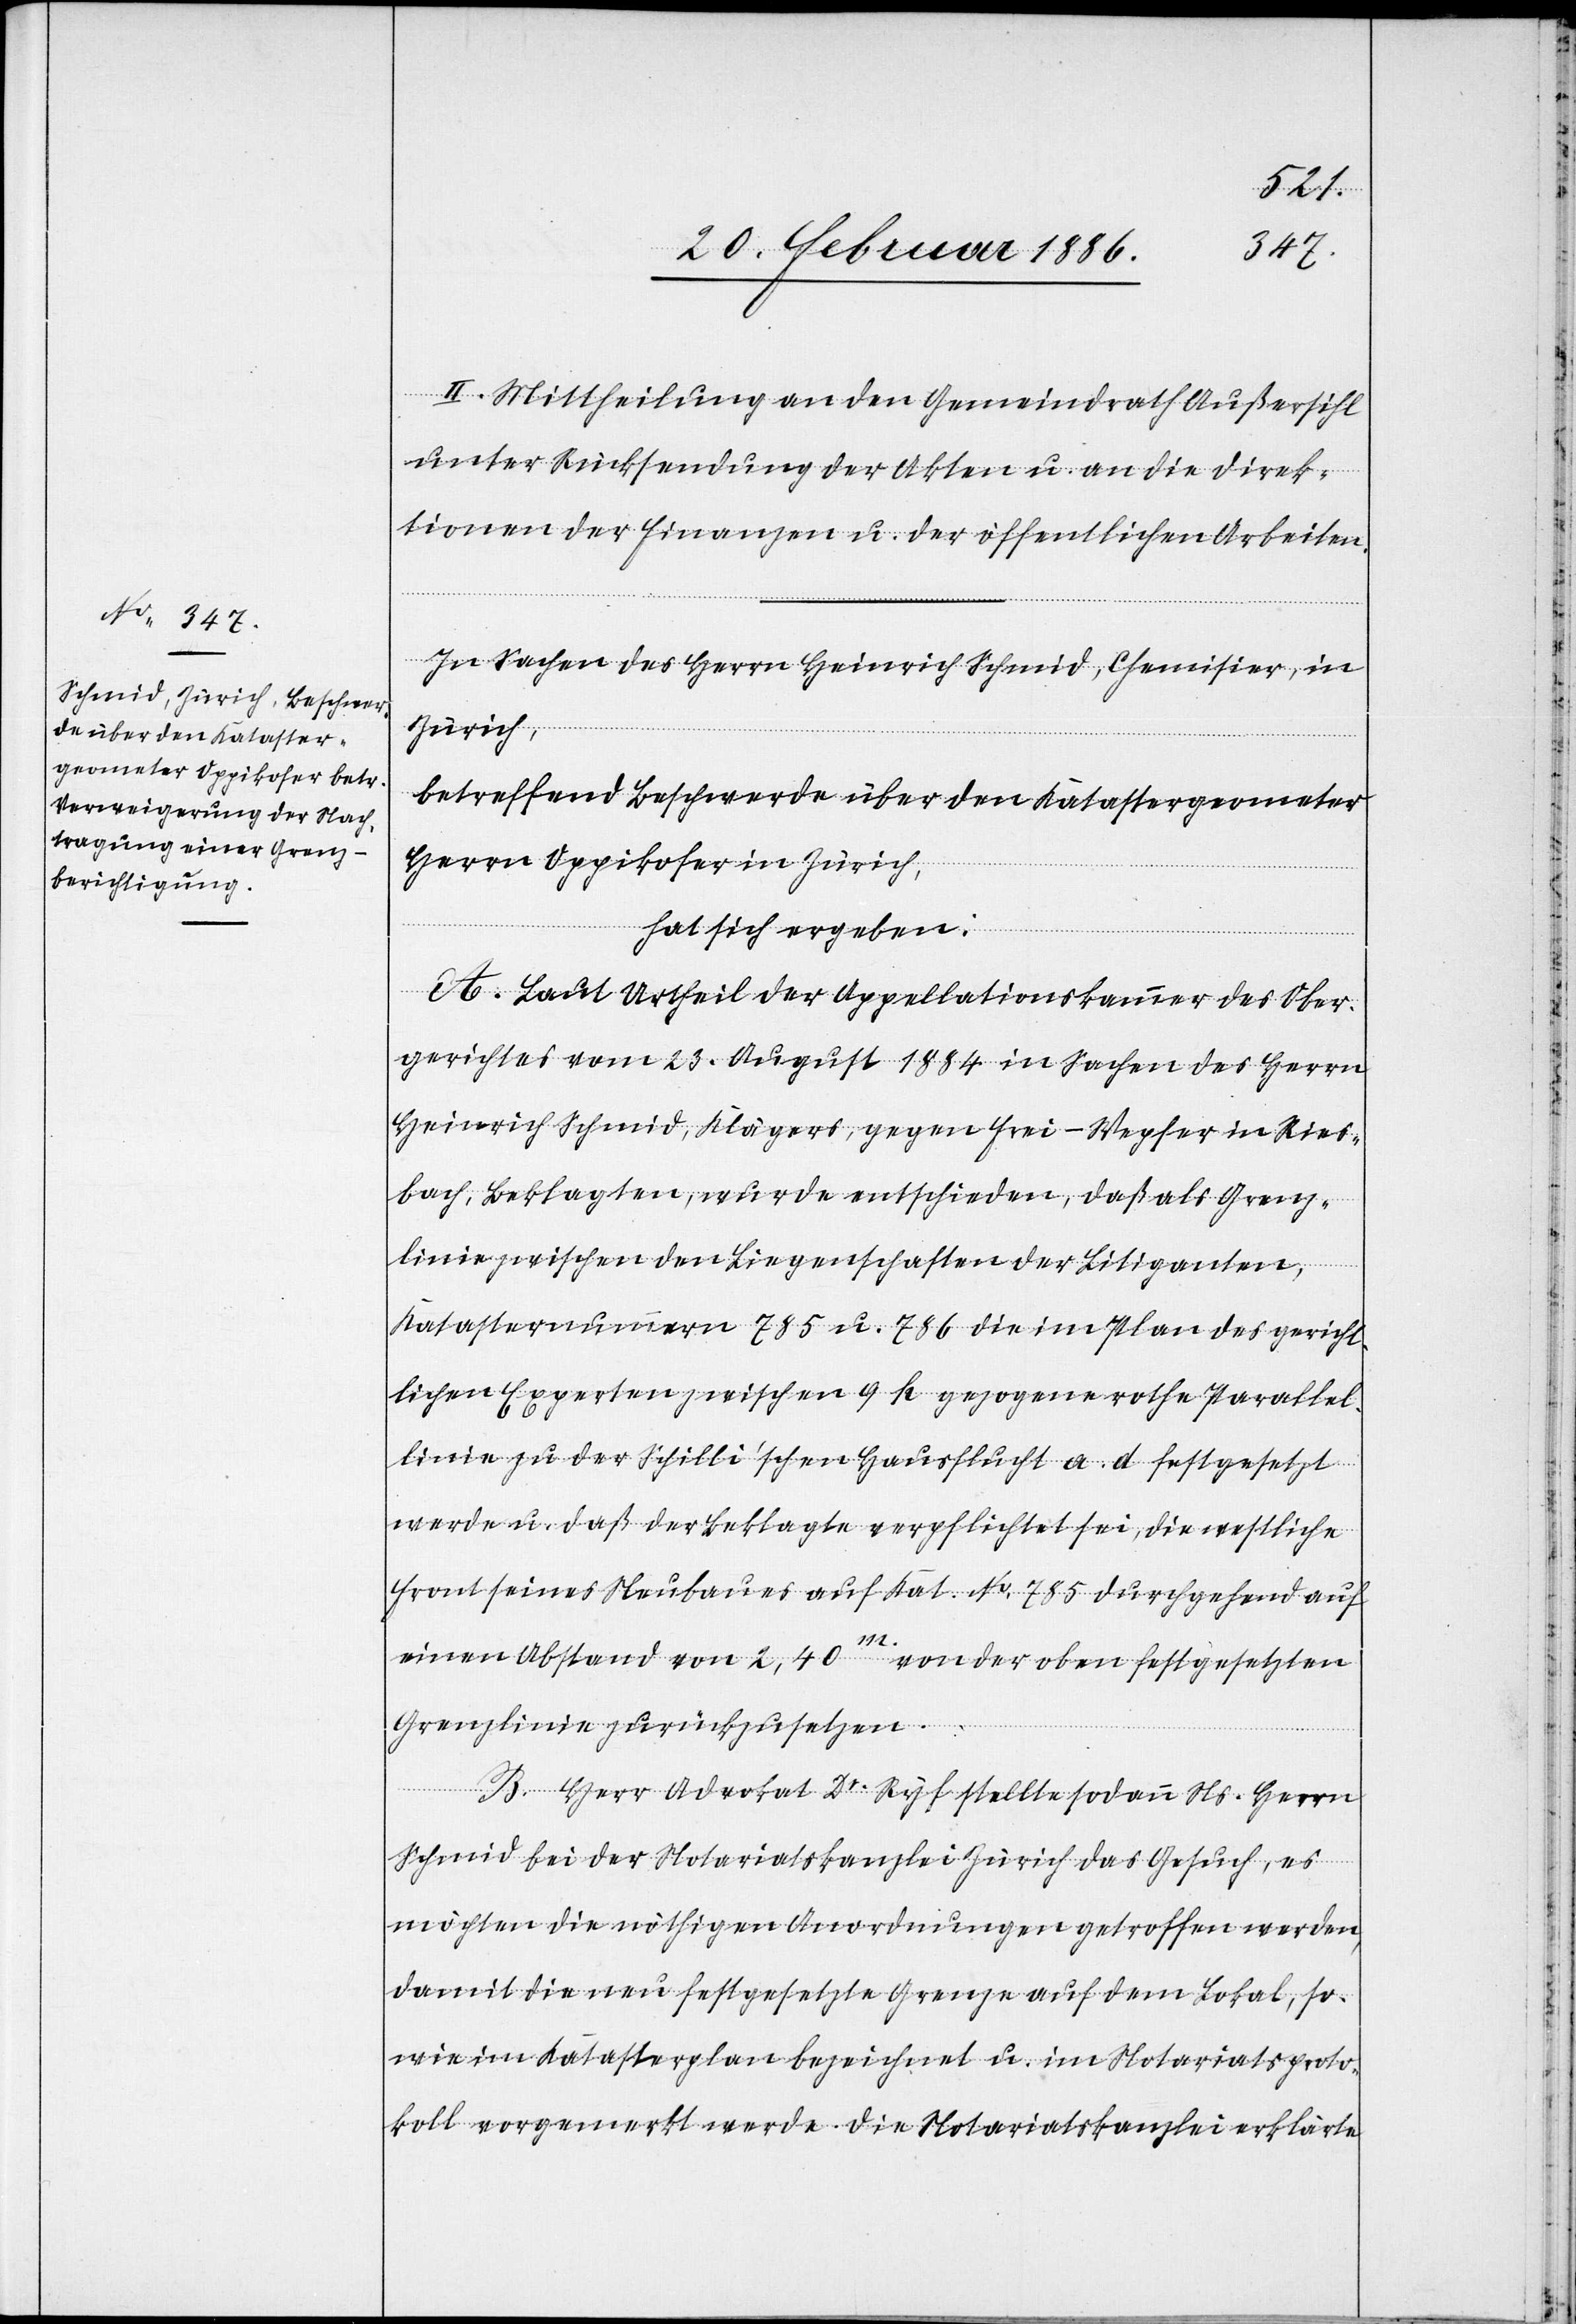
II. Mittheilung an den Gemeindrath Außersihl
unter Rücksendung der Akten u. an die Direk¬
tion der Finanzen und der öffentlichen Arbeiten.
In Sachen des Herrn Heinrich Schmid, Chemisier, in
Zürich,
betreffend Beschwerde über den Katastergeometer
Herrn Oppikofer in Zürich,
hat sich ergeben:
A. Laut Urtheil der Appellationskammer des Ober¬
gerichtes vom 23. August 1884 in Sachen des Herrn
Heinrich Schmid, Klägers, gegen Frei-Wepfer, in Ries¬
bach, Beklagten, wurde entschieden, daß als Grenz¬
linie zwischen den Liegenschaften der Litiganten,
Katasternummern 785 u. 786 die im Plan des gericht¬
lichen Experten zwischen 9 h gezogene rothe Parallel¬
linie zu der Schilli’schen Hausflucht a. d. festgesetzt
werden u. daß der Beklagte verpflichtet sei, die westliche
Front seines Neubaues auf Kat. No. 785 durchgehend auf
einen Abstand von 2,40 m. von der oben festgesetzten
Grenzlinie zurückzusetzen.
B. Herr Advokat Dr. Ryf stellte sodann Ns. Herrn
Schmid bei der Notariatskanzlei Zürich das Gesuch, es
möchten die nöthigen Anordnungen getroffen werden,
damit die neu festgesetzte Grenze auf dem Lokal, so¬
wie im Katasterplan bezeichnet u. im Notariatsproto¬
koll vorgemerkt werde. Die Notariatskanzlei erklärte